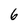
Character: 6